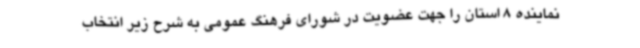
نماینده 8 استان را جهت عضویت در شورای فرهنگ عمومی به شرح زیر انتخاب